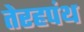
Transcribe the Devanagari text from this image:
तेरहपंथ